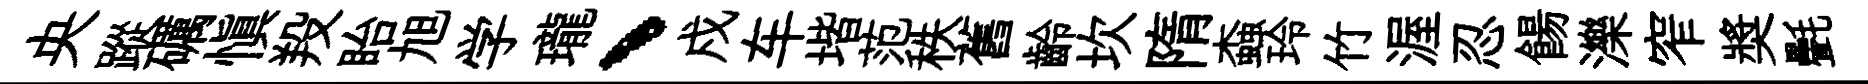
央蹤礪慎羖眙旭学瓏、戍车堦范秩舊齡坎隋螙玲竹渥忍餳濼窄奬㲲